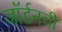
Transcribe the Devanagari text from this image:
जॉर्डनची